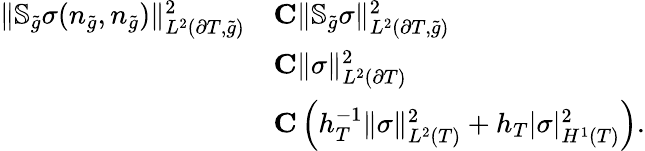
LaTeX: \begin{array}{rl}{\| \mathbb{S}_{\widetilde{g}}\sigma(n_{\widetilde{g}},n_{\widetilde{g}})\| _{L^{2}(\partial T,\widetilde{g})}^{2}}&{\le C\| \mathbb{S}_{\widetilde{g}}\sigma\| _{L^{2}(\partial T,\widetilde{g})}^{2}}\\ &{\le C\| \sigma\| _{L^{2}(\partial T)}^{2}}\\ &{\le C\left(h_{T}^{-1}\| \sigma\| _{L^{2}(T)}^{2}+h_{T}|\sigma|_{H^{1}(T)}^{2}\right).}\end{array}